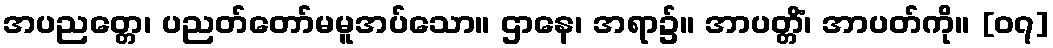
အပညတ္တေ၊ ပညတ်တော်မမူအပ်သော။ ဌာနေ၊ အရာ၌။ အာပတ္တိံ၊ အာပတ်ကို။ [၀၇]